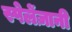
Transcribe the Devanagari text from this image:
स्पेलेंज़ानी